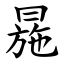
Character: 㒾